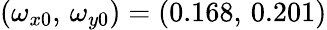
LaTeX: (\omega_{x0},\, \omega_{y0})=(0.168,\, 0.201)